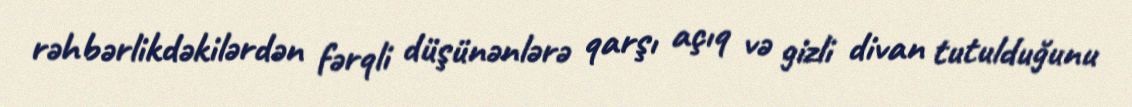
rəhbərlikdəkilərdən fərqli düşünənlərə qarşı açıq və gizli divan tutulduğunu